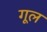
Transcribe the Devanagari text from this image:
गूल